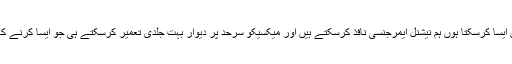
انہوں نے کہا کہ ’میں ایسا کرسکتا ہوں ہم نیشنل ایمرجنسی نافذ کرسکتے ہیں اور میکسیکو سرحد پر دیوار بہت جلدی تعمیر کرسکتے ہی جو ایسا کرنے کا ایک اور طریقہ ہے۔